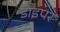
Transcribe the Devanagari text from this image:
डाइपर